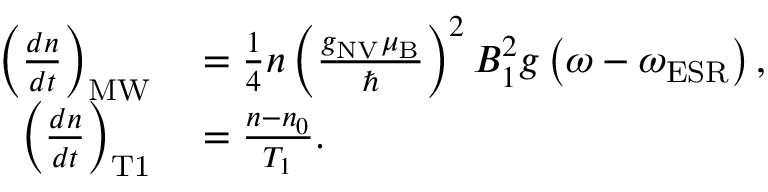
\begin{array} { r l } { \left( \frac { d n } { d t } \right) _ { \mathrm { M W } } } & { { } = \frac { 1 } { 4 } n \left( \frac { g _ { \mathrm { N V } } \mu _ { \mathrm { B } } } { \hbar } \right) ^ { 2 } B _ { 1 } ^ { 2 } g \left( \omega - \omega _ { \mathrm { E S R } } \right) , } \\ { \left( \frac { d n } { d t } \right) _ { \mathrm { T 1 } } } & { { } = \frac { n - n _ { 0 } } { T _ { 1 } } . } \end{array}